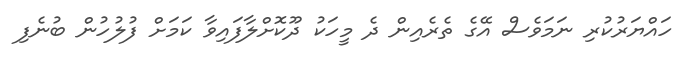
ހައްޔަރުކުރި ނަމަވެސް އޭގެ ތެރެއިން ދެ މީހަކު ދޫކޮށްލާފައިވާ ކަމަށް ފުލުހުން ބުނެފި